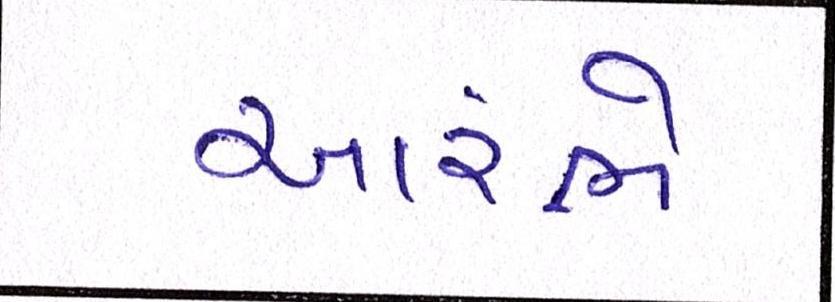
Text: આરંભે